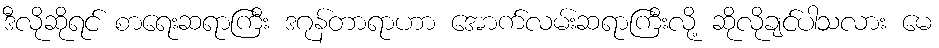
ဒီလိုဆိုရင် စာရေးဆရာကြီး ဒဂုန်တာရာဟာ အောက်လမ်းဆရာကြီးလို့ ဆိုလိုချင်ပါသလား မေ